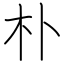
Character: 朴